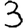
Digit: 3